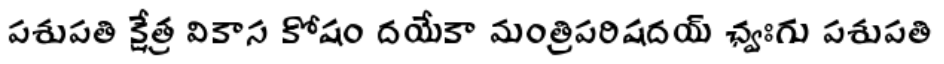
పశుపతి క్షేత్ర వికాస కోషం దయేకా మంత్రిపరిషదయ్ ఛ్వఃగు పశుపతి